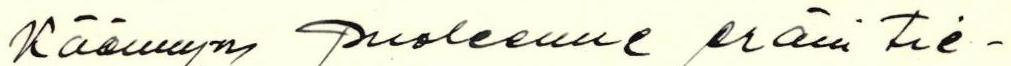
Käännyn puoleenne eräin tie-